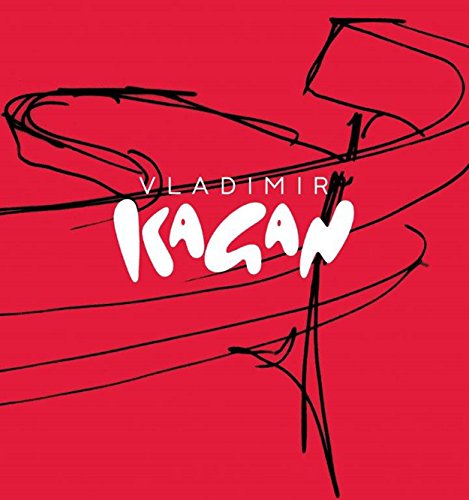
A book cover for Vladimir Kagan: A Lifetime of Avant-Garde Design; Vladimir Kagan; Arts & Photography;